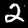
Digit: 2